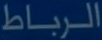
الرباط